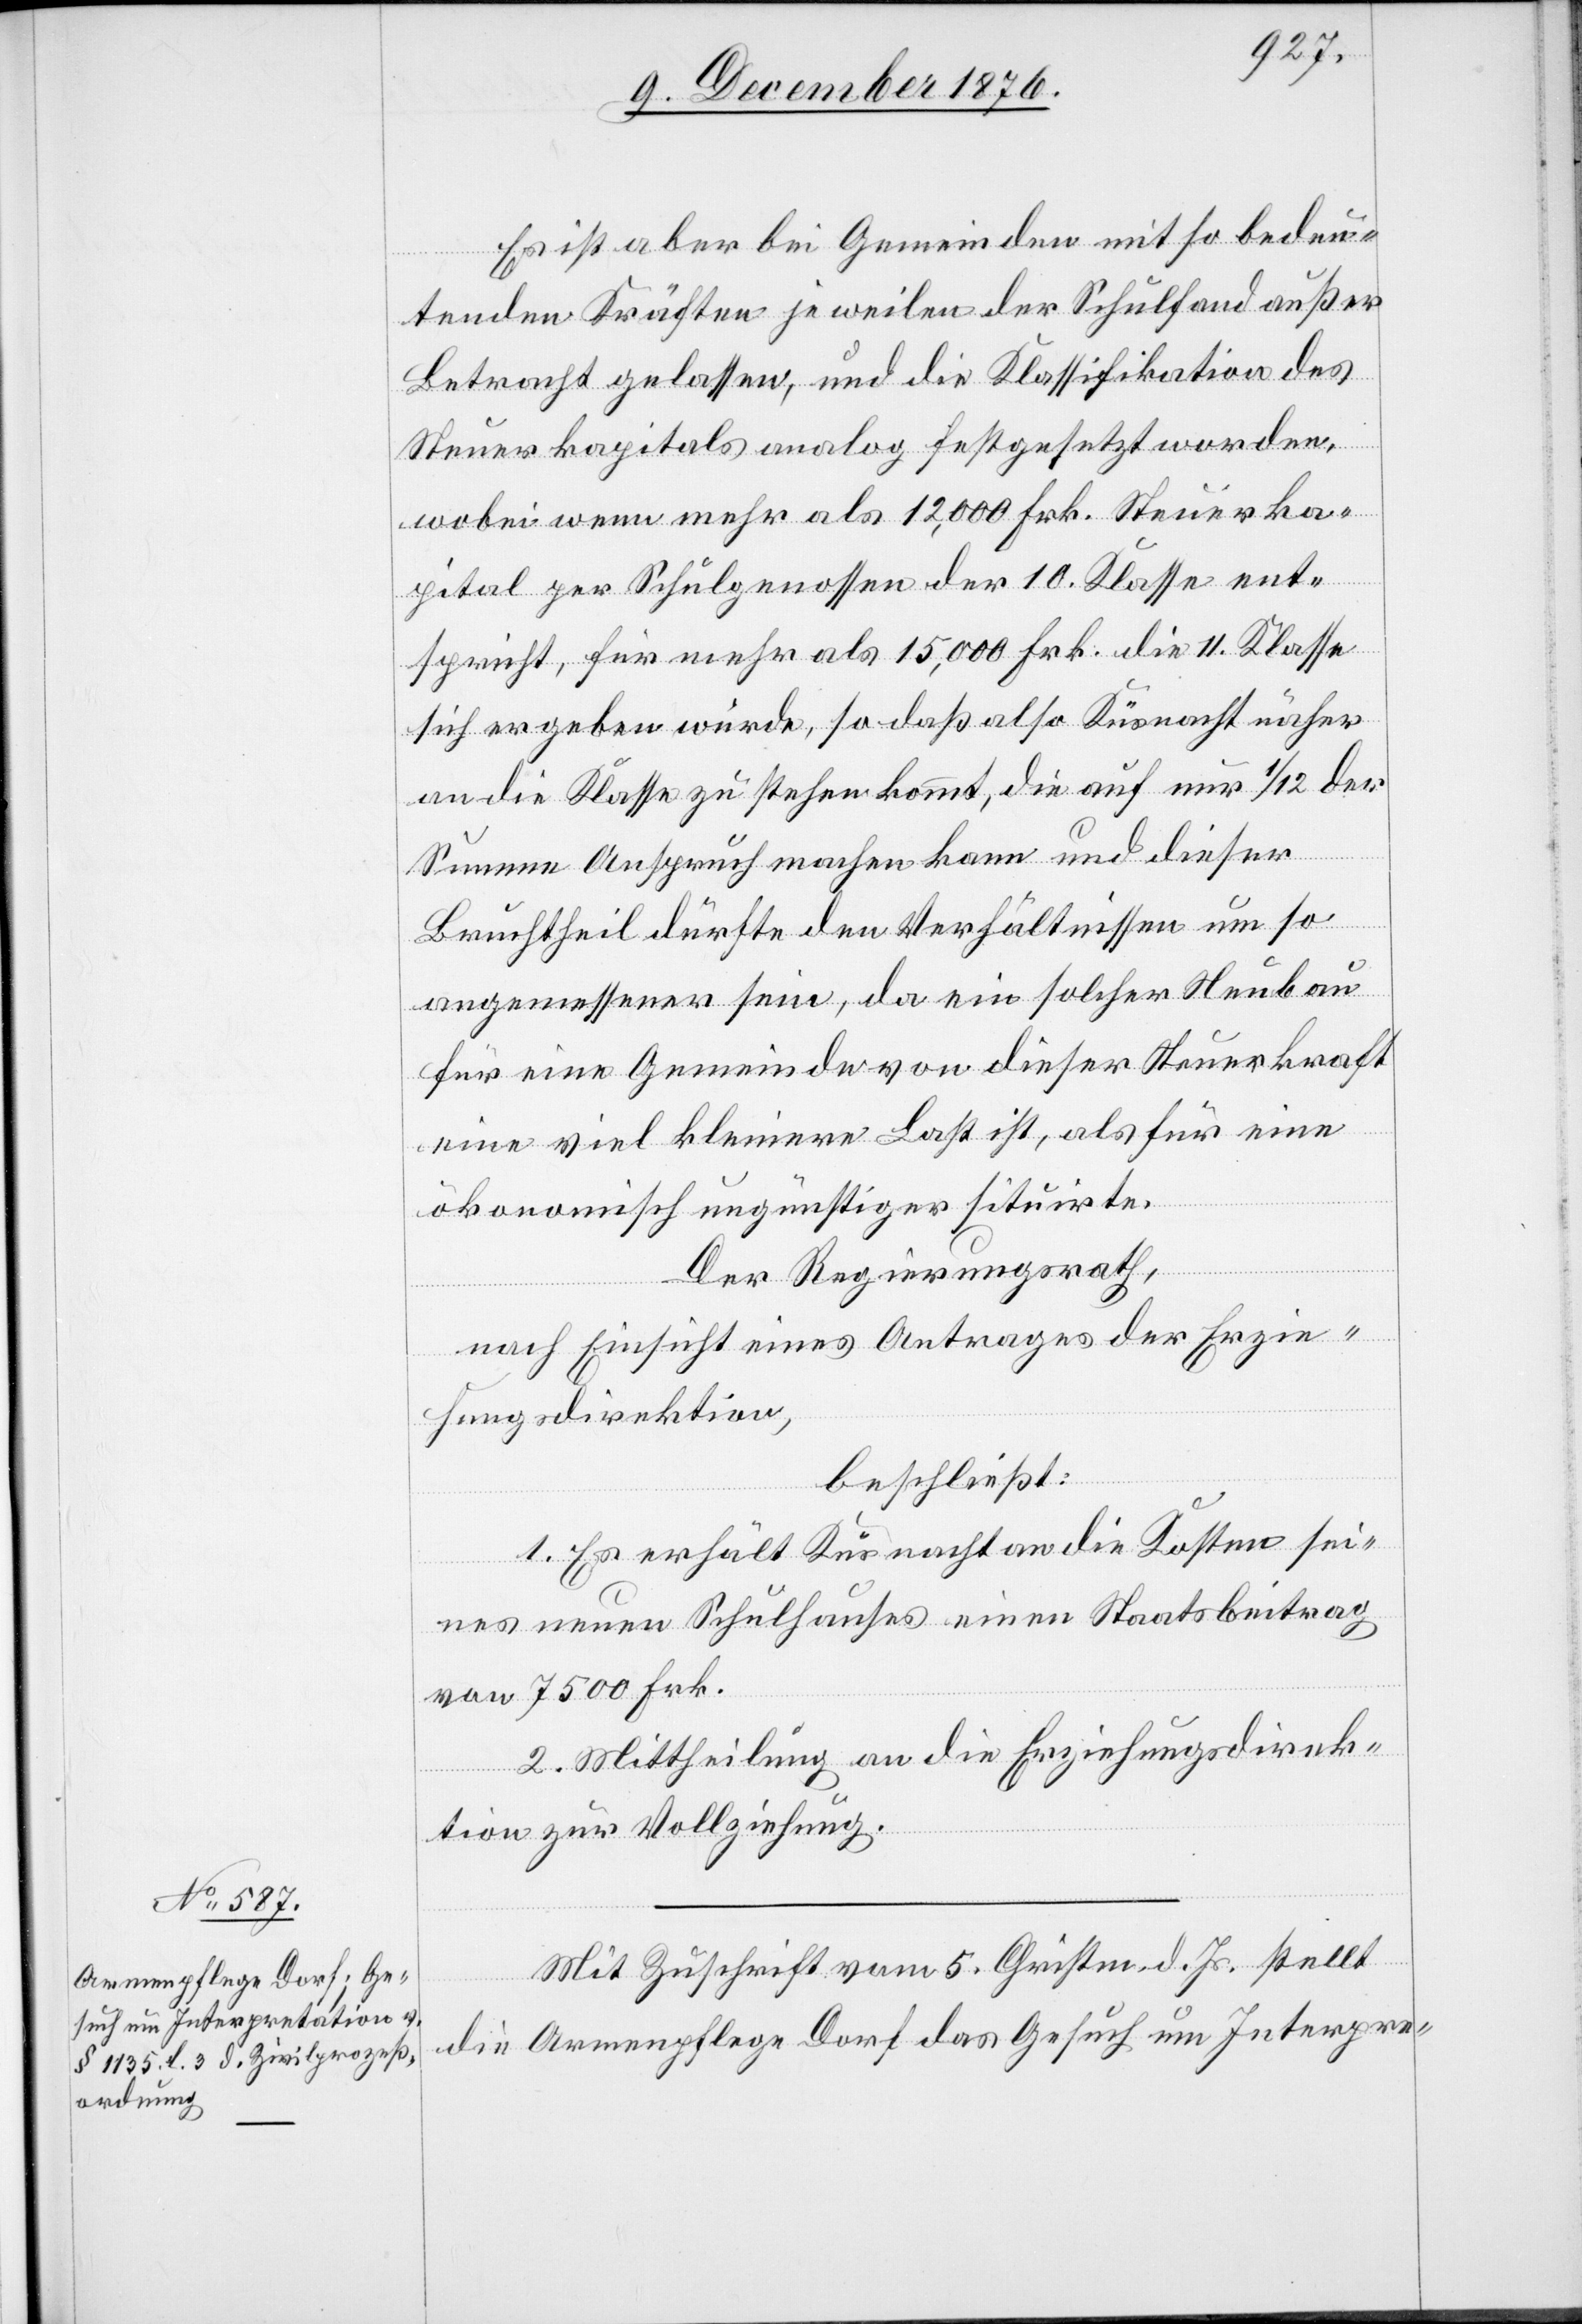
Es ist aber bei Gemeinden mit so bedeu¬
tenden Kräften jeweilen der Schulfond außer
Betracht gelassen und die Klassifikation des
Steuerkapitals analog festgesetzt worden,
wobei wenn mehr als 12,000 Frk. Steuerka¬
pital per Schulgenossen der 10. Klasse ent¬
spricht, für mehr als 15,000 Frk. die 11. Klasse
sich ergeben würde, so daß also Küsnacht näher
an die Klasse zu stehen kommt, die auf nur 1/12 der
Summe Anspruch machen kann und dieser
Bruchtheil dürfte den Verhältnissen um so
angemessener sein, da ein solcher Neubau
für eine Gemeinde von dieser Steuerkraft
eine viel kleinere Last ist, als für eine
ökonomisch ungünstiger situirte.
Der Regierungsrath,
nach Einsicht eines Antrages der Erzie¬
hungsdirektion,
beschließt:
1. Es erhält Küsnacht an die Kosten sei¬
nes neuen Schulhauses einen Staatsbeitrag
von 7500 Frk.
2. Mittheilung an die Erziehungsdirek¬
tion zur Vollziehung.
Mit Zuschrift vom 5. Christm. d. Js. stellt
die Armenpflege Dorf das Gesuch um Interpre-